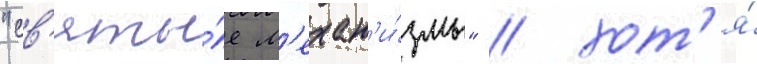
"св'яты́е м'ехан'и́змы" / хот'я́